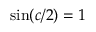
\mathrm { s i n } ( c / 2 ) = 1